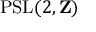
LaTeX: \operatorname { P S L } ( 2 , \mathbf { Z } )